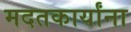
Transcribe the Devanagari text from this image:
मदतकार्यांना